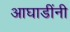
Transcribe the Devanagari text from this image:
आघाडींनी